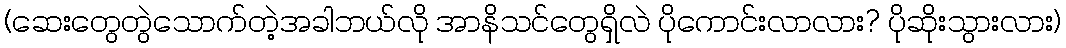
(ဆေးတွေတွဲသောက်တဲ့အခါဘယ်လို အာနိသင်တွေရှိလဲ ပိုကောင်းလာလား? ပိုဆိုးသွားလား)